Vaccine operations Central Provinces 1900-1911 - 1900-1911
Year: 1900
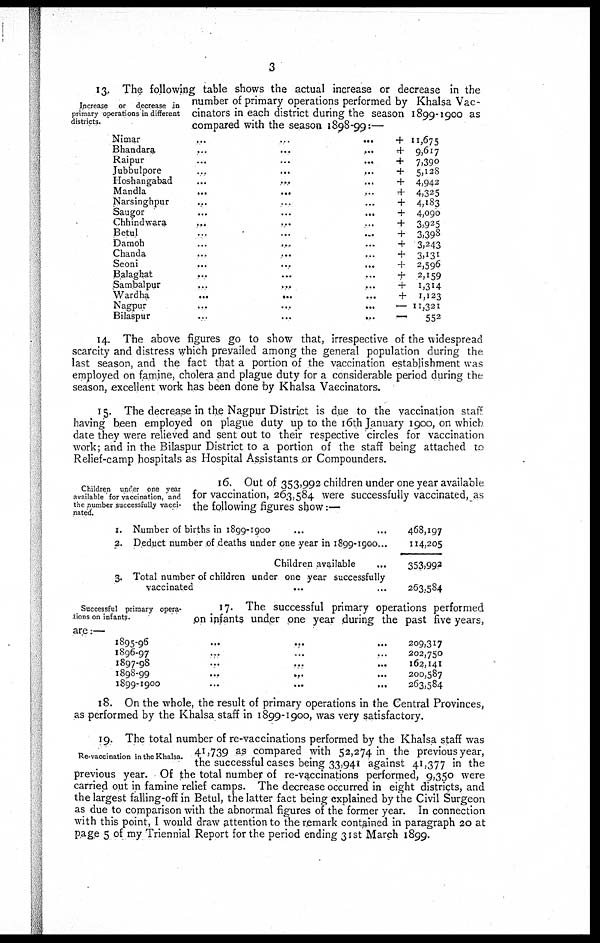
3
Increase or decrease in
primary operations in different
districts.
13. The following table shows the actual increase or decrease in the
number of primary operations performed by Khalsa Vac-
cinators in each district during the season 1899-1900 as
compared with the season 1898-99:—
Nimar
...
...
...
Bhandara
...
...
...
Raipur
...
...
...
Jubbulpore
...
...
...
Hoshangabad...
Mandla
...
...
Narsinghpur... ...
Saugor
...
...
...
Chhindwara... ... ...
Betul
...
...
...
Damoh
...
...
Chanda
...
...
...
Seoni
...
...
...
Balaghat
...
...
...
Sambalpur
...
... ...
Wardha
...
... ...
Nagpur... ... ...
Bilaspur
...
...
...
+ 11,675
+ 9,617
+
7,390
+ 5,128
+ 4,942
+ 4,325
+ 4,183
+
4,090
+ 3,925
+ 3,398
+ 3,243
+ 3,131
+ 2,596
+ 2,159
+
1,314
+
1,123
— 11,321
—
552
14. The above figures go to show that, irrespective of the widespread
scarcity and distress which prevailed among the general population during the
last season, and the fact that a portion of the vaccination establishment was
employed on famine, cholera and plague duty for a considerable period during the
season, excellent work has been done by Khalsa Vaccinators.
15. The decrease in the Nagpur District is due to the vaccination staff
having been employed on plague duty up to the 16th January 1900, on which
date they were relieved and sent out to their respective circles for vaccination
work; and in the Bilaspur District to a portion of the staff being attached to
Relief-camp hospitals as Hospital Assistants or Compounders.
Children under one year
available for vaccination, and
the number successfully vacci-
nated.
16. Out of 353,992 children under one year available
for vaccination, 263,584 were successfully vaccinated, as
the following figures show:—
1.
2.
3.
Number of births in 1899-1900... ...
Deduct number of deaths under one year in 1899.1900...
Children available
...
Total number of children under one year successfully
vaccinated
...
468,197
114,205
353,992
263,584
Successful primary opera-
tions on infants.
17. The successful primary operations performed
on infants under one year during the past five years,
are:—
1895-96
...
...
...
1896-97...
...
...
1897-98...
...
...
1898-99...
...
...
1899-1900... ... ...
209,317
202,750
162,141
200,587
263,584
18. On the whole, the result of primary operations in the Central Provinces,
as performed by the Khalsa staff in 1899-1900, was very satisfactory.
Re-vaccination in the Khalsa.
19. The total number of re-vaccinations performed by the Khalsa staff was
41,739 as compared with 52,274 in the previous year,
the successful cases being 33,941 against 41,377 in the
previous year. Of the total number of re-vaccinations performed, 9,350 were
carried out in famine relief camps. The decrease occurred in eight districts, and
the largest falling-off in Betul, the latter fact being explained by the Civil Surgeon
as due to comparison with the abnormal figures of the former year. In connection
with this point, I would draw attention to the remark contained in paragraph 20 at
page 5 of my Triennial Report for the period ending 31st March 1899.